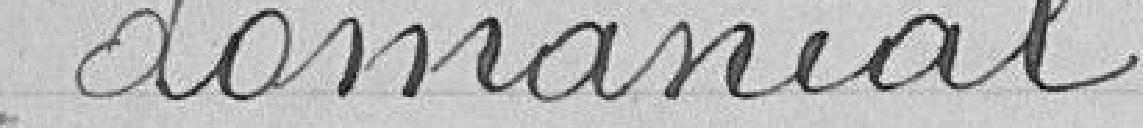
domanial